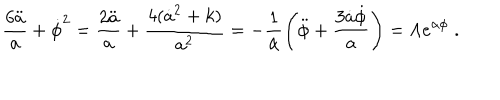
\frac { 6 \ddot { a } } { a } + \dot { \phi } ^ { 2 } = \frac { 2 \ddot { a } } { a } + \frac { 4 ( \dot { a } ^ { 2 } + k ) } { a ^ { 2 } } = - \frac { 1 } { \alpha } \left( \ddot { \phi } + \frac { 3 \dot { a } \dot { \phi } } { a } \right) = \Lambda e ^ { \alpha \phi } \; .